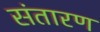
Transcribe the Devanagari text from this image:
संतारण